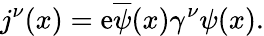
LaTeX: j^{\nu}(x)=\mathrm{e}\overline{{{{\psi}}}}(x)\gamma^{\nu}\psi(x).